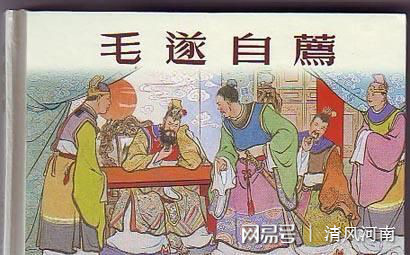
以三寸之舌，彊於百万之师。